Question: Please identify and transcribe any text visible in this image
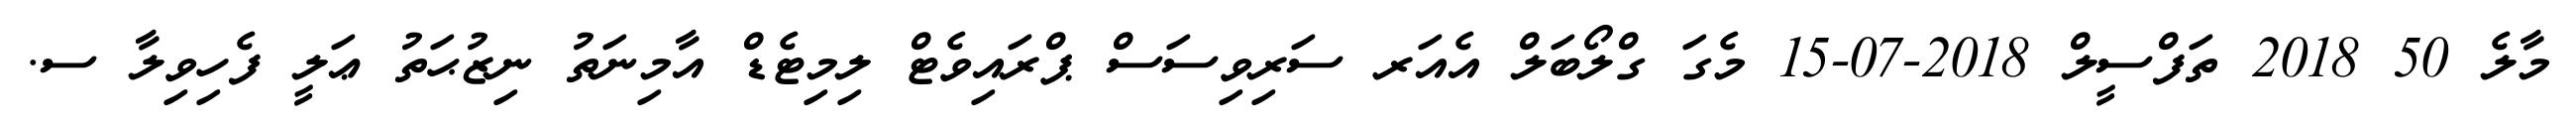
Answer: މާލެ 50 2018 ތަފްސީލް 2018-07-15 މެގަ ގްލޯބަލް އެއަރ ސަރިވިސަސް ޕްރައިވެޓް ލިމިޓެޑް އާމިނަތު ނިޒުޙަތު ޢަލީ ފެހިވިލާ ސ.